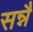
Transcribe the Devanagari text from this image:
सन्नै